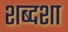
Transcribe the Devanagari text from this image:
शब्दशा